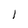
Character: 1